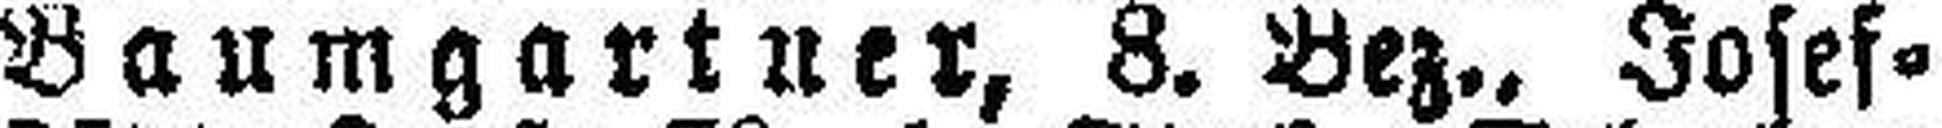
Baumgartner, 8. Bez., Josef¬